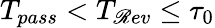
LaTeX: T_{pass}<T_{\mathscr{R}ev}\leq\tau_{0}